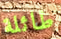
طائلة